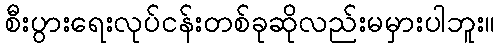
စီးပွားရေးလုပ်ငန်းတစ်ခုဆိုလည်းမမှားပါဘူး။